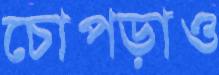
চোপড়াও